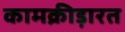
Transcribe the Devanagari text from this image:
कामक्रीड़ारत